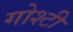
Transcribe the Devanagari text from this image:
गोश्टी